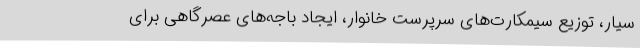
سیار، توزیع سیمکارت‌های سرپرست خانوار، ایجاد باجه‌های عصرگاهی برای